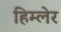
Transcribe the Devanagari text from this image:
हिम्लेर